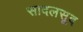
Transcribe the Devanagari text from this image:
सादलसूद